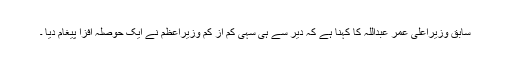
سابق وزیراعلیٰ عمر عبداللہ کا کہنا ہے کہ دیر سے ہی سہی کم از کم وزیراعظم نے ایک حوصلہ افزا پیغام دیا ۔